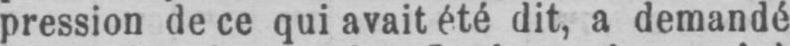
pression de ce qui avait été dit, a demandé